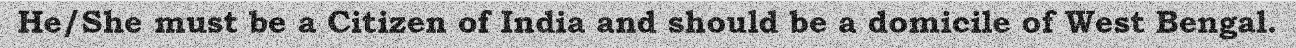
He/She must be a Citizen of India and should be a domicile of West Bengal.